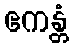
ဧကန္တံ